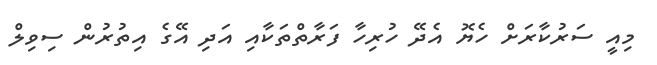
މިއީ ސަރުކާރަށް ހެޔޮ އެދޭ ހުރިހާ ފަރާތްތަކާއި އަދި އޭގެ އިތުރުން ސިވިލް